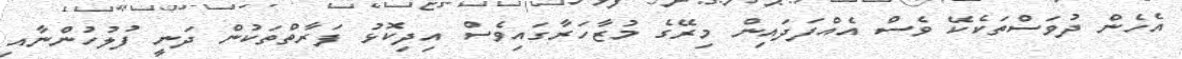
އެހެން ދުވަސްތަކެކޭ ވެސް އެއްފަދައިން މިރޭގެ މުޒާހަރާގައިވެސް އިދިކޮޅު ފަރާތްތަކުން ދަނީ ފުލުހުންނާއި